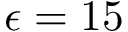
\epsilon = 1 5